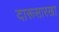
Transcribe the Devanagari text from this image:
दारूसारखा